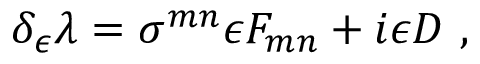
\delta _ { \epsilon } \lambda = \sigma ^ { m n } \epsilon F _ { m n } + i \epsilon D \ ,